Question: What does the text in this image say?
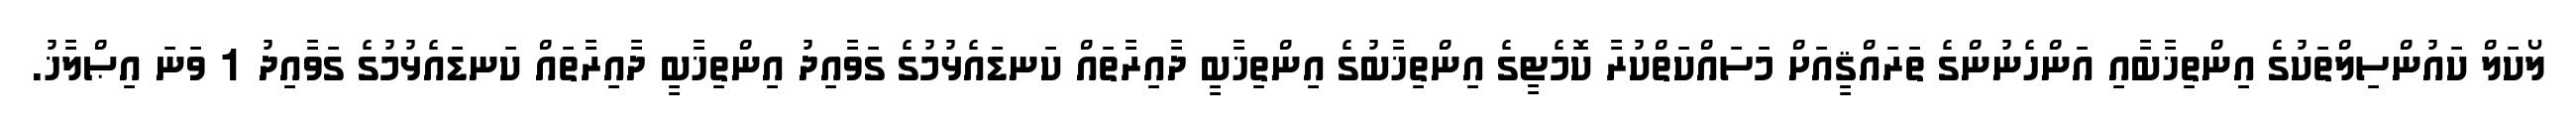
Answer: ލޯކަލް ކައުންސިލްތަކުގެ އިންތިޚާބާއި އަންހެނުންގެ ތަރައްޤީއަށް މަސައްކަތްކުރާ ކޮމެޓީގެ އިންތިޚާބުގެ އިންތިޚާބީ ދާއިރާތައް ކަނޑައެޅުމުގެ ގަވާއިދު އިންތިޚާބީ ދާއިރާތައް ކަނޑައެޅުމުގެ ގަވާއިދު 1 ވަނަ އިޞްލާޚު.